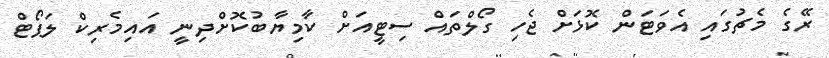
ރޭގެ މެޗުގައި އެވަޓަން ކޮޅަށް ޖެހި ގޯލްތައް ސިޓީއަށް ކާމިޔާބުކޮށްދިނީ އައިމެރިކް ލަޕޯޓް